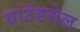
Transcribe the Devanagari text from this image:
ग्राउंडसेल